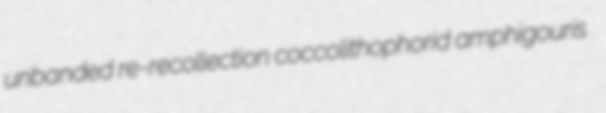
unbanded re-recollection coccolithophorid amphigouris